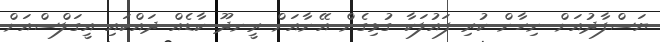
ޔަސްފާދުއަށް ނިހާން ކުރި ފައުލަކާ ގުޅިގެން އޭނާއަށް ރީނދޫ ކާޑެއް ދައްކައި އީގަލްސްއަށް